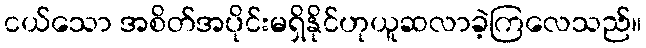
ငယ်သော အစိတ်အပိုင်းမရှိနိုင်ဟုယူဆလာခဲ့ကြလေသည်။